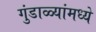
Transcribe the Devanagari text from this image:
गुंडाळ्यांमध्ये